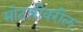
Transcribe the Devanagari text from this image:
मोटारीवरील